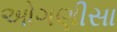
ઓગણીસા